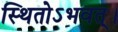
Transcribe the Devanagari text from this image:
स्थितोऽभवत्‌।